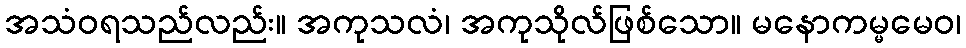
အသံဝရသည်လည်း။ အကုသလံ၊ အကုသိုလ်ဖြစ်သော။ မနောကမ္မမေဝ၊